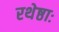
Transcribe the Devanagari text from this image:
रथेष्ठाः